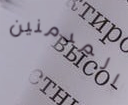
المدمنين